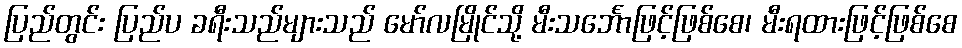
ပြည်တွင်း ပြည်ပ ခရီးသည်များသည် မော်လမြိုင်သို့ မီးသင်္ဘောဖြင့်ဖြစ်စေ၊ မီးရထားဖြင့်ဖြစ်စေ